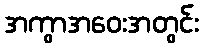
အကွာအဝေးအတွင်း